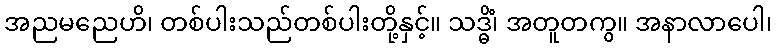
အညမညေဟိ၊ တစ်ပါးသည်တစ်ပါးတို့နှင့်။ သဒ္ဓိံ၊ အတူတကွ။ အနာလာပေါ၊